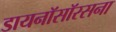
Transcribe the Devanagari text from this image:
डायनॉसॉरसना